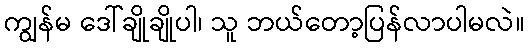
ကျွန်မ ဒေါ်ချိုချိုပါ၊ သူ ဘယ်တော့ပြန်လာပါမလဲ။